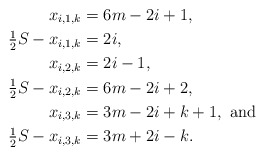
\begin{align*}x_{i,1,k} &= 6m-2i+1, \\\tfrac{1}{2} S -x_{i,1,k} &= 2i, \\x_{i,2,k} &= 2i-1, \\\tfrac{1}{2} S - x_{i,2,k} &= 6m-2i+2, \\x_{i,3,k} &= 3m-2i+k+1, \mbox{ and } \\\tfrac{1}{2} S - x_{i,3,k} &= 3m+2i-k. \end{align*}